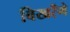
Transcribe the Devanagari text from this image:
बिखरेंगे